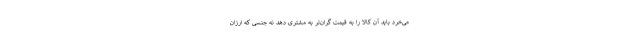
می‌خرد باید آن کالا را به قیمت گران‌تر به مشتری دهد نه جنسی که ارزان